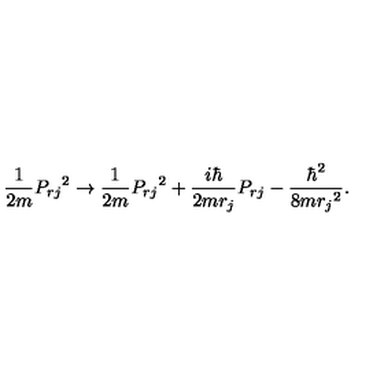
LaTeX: \frac { 1 } { 2 m } { P _ { r j } } ^ { 2 } \rightarrow \frac { 1 } { 2 m } { P _ { r j } } ^ { 2 } + \frac { i \hbar } { 2 m r _ { j } } P _ { r j } - \frac { \hbar ^ { 2 } } { 8 m { r _ { j } } ^ { 2 } } .